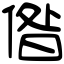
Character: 偺